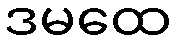
ဒမထေ